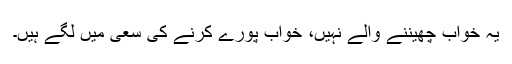
یہ خواب چھیننے والے نہیں، خواب پورے کرنے کی سعی میں لگے ہیں۔